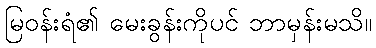
မြဝန်းရံ၏ မေးခွန်းကိုပင် ဘာမှန်းမသိ။